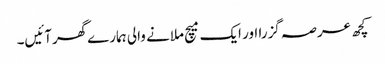
کچھ عرصہ گزرا اور ایک میچ ملانے والی ہمارےگھرآئیں۔